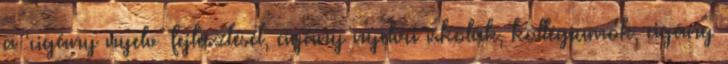
a ‘cigány nyelv´ fejlesztését, cigány nyelvű iskolák, kollégiumok, cigány